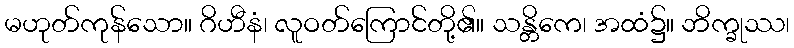
မဟုတ်ကုန်သော။ ဂိဟီနံ၊ လူဝတ်ကြောင်တို့၏။ သန္တိကေ၊ အထံ၌။ ဘိက္ခုဿ၊